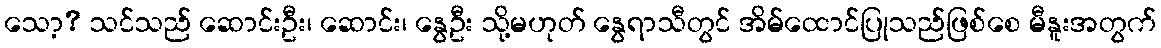
သော့? သင်သည် ဆောင်းဦး၊ ဆောင်း၊ နွေဦး သို့မဟုတ် နွေရာသီတွင် အိမ်ထောင်ပြုသည်ဖြစ်စေ မီနူးအတွက်